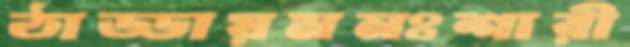
ঠাড্ডায়মনঃশারী